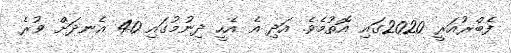
ފެބްރުއަރީ 2020ގައި އޮތުމެވެ. އަދި އެ އެހީ ދިނުމުގައި 40 އެނދަށް ވުރެ